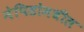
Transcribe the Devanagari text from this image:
नेपिडोमधील